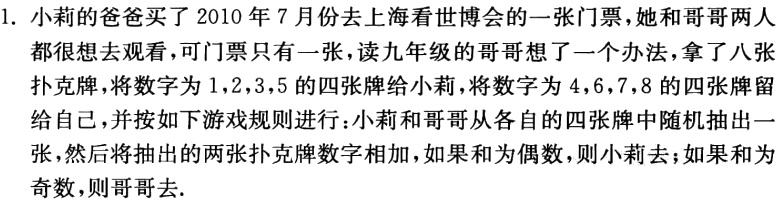
1. 小莉的爸爸买了 2010 年 7 月份去上海看世博会的一张门票，她和哥哥两人
都很想去观看，可门票只有一张，读九年级的哥哥想了一个办法，拿了八张
扑克牌，将数字为 1,2,3,5 的四张牌给小莉，将数字为 4,6,7,8 的四张牌留
给自己，并按如下游戏规则进行：小莉和哥哥从各自的四张牌中随机抽出一
张，然后将抽出的两张扑克牌数字相加，如果和为偶数，则小莉去；如果和为
奇数，则哥哥去.